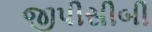
જીપીસીબી